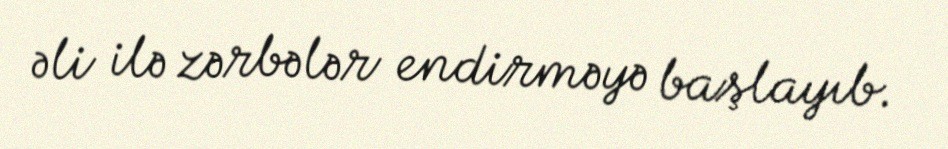
əli ilə zərbələr endirməyə başlayıb.